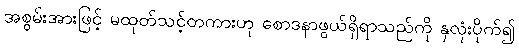
အစွမ်းအားဖြင့် မထုတ်သင့်တကားဟု စောဒနာဖွယ်ရှိရာသည်ကို နှလုံးပိုက်၍